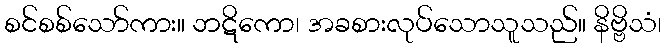
စင်စစ်သော်ကား။ ဘဋိကော၊ အခစားလုပ်သောသူသည်။ နိဗ္ဗိသံ၊